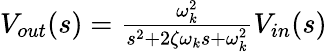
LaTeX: \begin{array}{r}{V_{out}(s)=\frac{\omega_{k}^{2}}{s^{2}+2\zeta\omega_{k}s+\omega_{k}^{2}}V_{in}(s)}\end{array}